Sleeping sickness
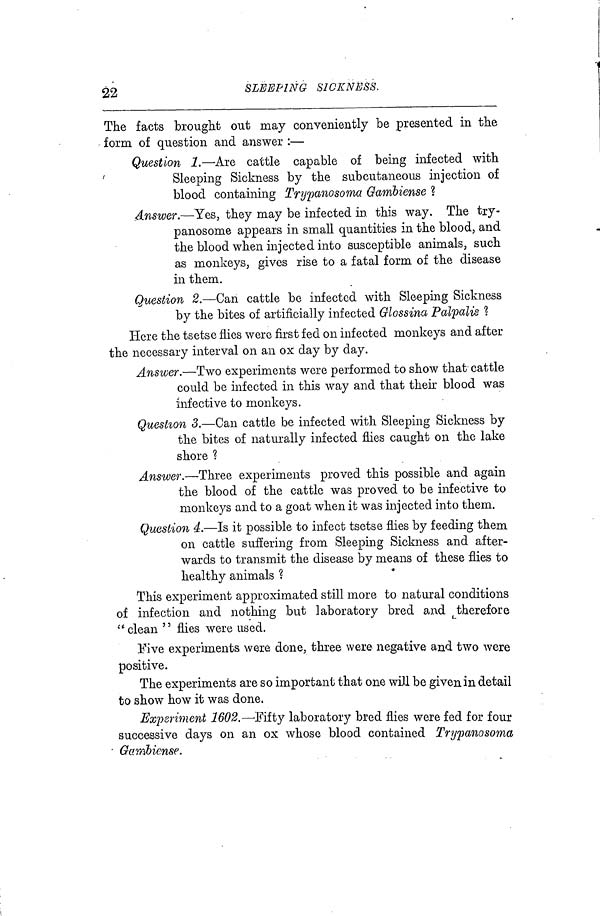
22
SLEEPING
SICKNESS.
The facts brought out may conveniently be presented in the
form of question and answer :—
Question 1.—Are cattle capable of being infected with
Sleeping Sickness by the subcutaneous injection of
blood containing Trypanosoma Gambiense ?
Answer.—Yes, they may be infected in this way. The try-
panosome appears in small quantities in the blood, and
the blood when injected into susceptible animals, such
as monkeys, gives rise to a fatal form of the disease
in them.
Question 2.—Can cattle be infected with Sleeping Sickness
by the bites of artificially infected Glossina Palpalis ?
Here the tsetse flies were first fed on infected monkeys and after
the necessary interval on an ox day by day.
Answer.—Two experiments were performed to show that· cattle
could be infected in this way and that their blood was
infective to monkeys.
Question 3.—Can cattle be infected with Sleeping Sickness by
the bites of naturally infected flies caught on the lake
shore ?
Answer.—Three experiments proved this possible and again
the blood of the cattle was proved to be infective to
monkeys and to a goat when it was injected into them.
Question 4.—Is it possible to infect tsetse flies by feeding them
on cattle suffering from Sleeping Sickness and after-
wards to transmit the disease by means of these flies to
healthy animals ?
This experiment approximated still more to natural conditions
of infection and nothing but laboratory bred and therefore
" clean " flies were used.
Five experiments were done, three were negative and two were
positive.
The experiments are so important that one will be given in detail
to show how it was done.
Experiment 1602.—Fifty laboratory bred flies were fed for four
successive days on an ox whose blood contained Trypanosoma
Garabicnse.